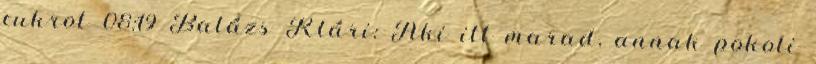
cukrot 08:19 Balázs Klári: Aki itt marad, annak pokoli